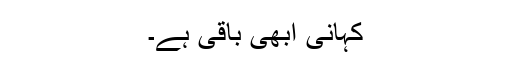
کہانی ابھی باقی ہے۔